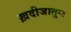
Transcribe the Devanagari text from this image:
ख़दीजातुल